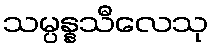
သမ္ပန္နသီလေသု